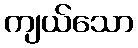
ကျယ်သော